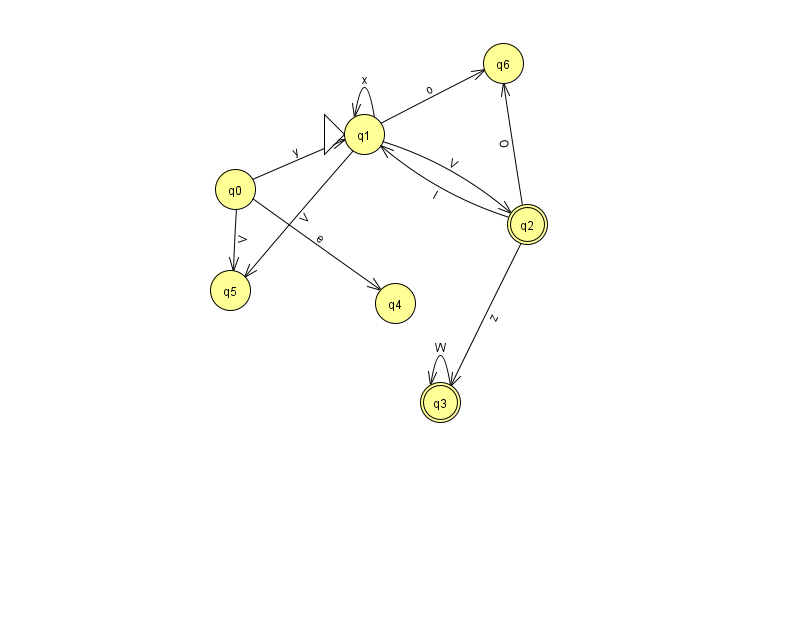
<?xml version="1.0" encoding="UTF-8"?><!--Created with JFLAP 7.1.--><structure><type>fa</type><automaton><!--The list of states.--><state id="0" name="q0"><x>235.0</x><y>176.0</y></state><state id="1" name="q1"><x>364.0</x><y>121.0</y><initial/></state><state id="2" name="q2"><x>527.0</x><y>211.0</y><final/></state><state id="3" name="q3"><x>440.0</x><y>389.0</y><final/></state><state id="4" name="q4"><x>395.0</x><y>290.0</y></state><state id="5" name="q5"><x>230.0</x><y>277.0</y></state><state id="6" name="q6"><x>503.0</x><y>50.0</y></state><!--The list of transitions.--><transition><from>0</from><to>5</to><read>V</read></transition><transition><from>2</from><to>1</to><read>I</read></transition><transition><from>1</from><to>5</to><read>V</read></transition><transition><from>1</from><to>6</to><read>o</read></transition><transition><from>3</from><to>3</to><read>W</read></transition><transition><from>1</from><to>1</to><read>x</read></transition><transition><from>2</from><to>3</to><read>z</read></transition><transition><from>0</from><to>1</to><read>y</read></transition><transition><from>0</from><to>4</to><read>e</read></transition><transition><from>1</from><to>2</to><read>V</read></transition><transition><from>2</from><to>6</to><read>O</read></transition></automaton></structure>